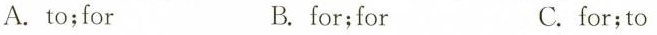
A. to;for B. for;for C. for;to